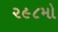
૨૯૮મો